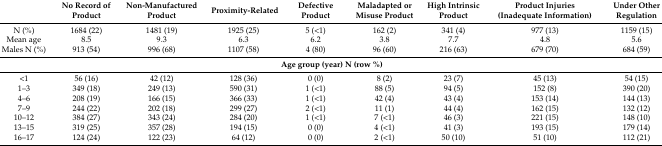
<table><thead><tr><td></td><td><b>No Record of Product</b></td><td><b>Non-Manufactured Product</b></td><td><b>Proximity-Related</b></td><td><b>Defective Product</b></td><td><b>Maladapted or Misuse Product</b></td><td><b>High Intrinsic Product</b></td><td><b>Product Injuries (Inadequate Information)</b></td><td><b>Under Other Regulation</b></td></tr></thead><tbody><tr><td>N (%)</td><td>1684 (22)</td><td>1481 (19)</td><td>1925 (25)</td><td>5 (&lt;1)</td><td>162 (2)</td><td>341 (4)</td><td>977 (13)</td><td>1159 (15)</td></tr><tr><td>Mean age</td><td>8.5</td><td>9.3</td><td>6.3</td><td>6.2</td><td>3.8</td><td>7.7</td><td>4.8</td><td>5.6</td></tr><tr><td>Males N (%)</td><td>913 (54)</td><td>996 (68)</td><td>1107 (58)</td><td>4 (80)</td><td>96 (60)</td><td>216 (63)</td><td>679 (70)</td><td>684 (59)</td></tr><tr><td colspan="9"><b>Age group (year) N (row %)</b></td></tr><tr><td>&lt;1</td><td>56 (16)</td><td>42 (12)</td><td>128 (36)</td><td>0 (0)</td><td>8 (2)</td><td>23 (7)</td><td>45 (13)</td><td>54 (15)</td></tr><tr><td>1–3</td><td>349 (18)</td><td>249 (13)</td><td>590 (31)</td><td>1 (&lt;1)</td><td>88 (5)</td><td>94 (5)</td><td>152 (8)</td><td>390 (20)</td></tr><tr><td>4–6</td><td>208 (19)</td><td>166 (15)</td><td>366 (33)</td><td>1 (&lt;1)</td><td>42 (4)</td><td>43 (4)</td><td>153 (14)</td><td>144 (13)</td></tr><tr><td>7–9</td><td>244 (22)</td><td>202 (18)</td><td>299 (27)</td><td>2 (&lt;1)</td><td>11 (1)</td><td>44 (4)</td><td>162 (15)</td><td>132 (12)</td></tr><tr><td>10–12</td><td>384 (27)</td><td>343 (24)</td><td>284 (20)</td><td>1 (&lt;1)</td><td>7 (&lt;1)</td><td>46 (3)</td><td>221 (15)</td><td>148 (10)</td></tr><tr><td>13–15</td><td>319 (25)</td><td>357 (28)</td><td>194 (15)</td><td>0 (0)</td><td>4 (&lt;1)</td><td>41 (3)</td><td>193 (15)</td><td>179 (14)</td></tr><tr><td>16–17</td><td>124 (24)</td><td>122 (23)</td><td>64 (12)</td><td>0 (0)</td><td>2 (&lt;1)</td><td>50 (10)</td><td>51 (10)</td><td>112 (21)</td></tr></tbody></table>